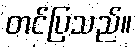
တင်ပြသည်။